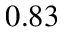
0 . 8 3